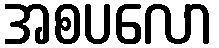
အစပလော